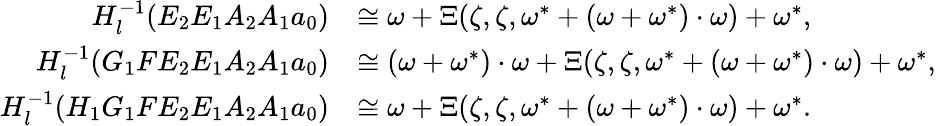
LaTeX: \begin{array}{rl}{H_{l}^{-1}(E_{2}E_{1}A_{2}A_{1}a_{0})}&{\cong\omega+\Xi(\zeta,\zeta,\omega^{*}+(\omega+\omega^{*})\cdot\omega)+\omega^{*},}\\ {H_{l}^{-1}(G_{1}FE_{2}E_{1}A_{2}A_{1}a_{0})}&{\cong(\omega+\omega^{*})\cdot\omega+\Xi(\zeta,\zeta,\omega^{*}+(\omega+\omega^{*})\cdot\omega)+\omega^{*},}\\ {H_{l}^{-1}(H_{1}G_{1}FE_{2}E_{1}A_{2}A_{1}a_{0})}&{\cong\omega+\Xi(\zeta,\zeta,\omega^{*}+(\omega+\omega^{*})\cdot\omega)+\omega^{*}.}\end{array}